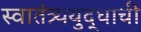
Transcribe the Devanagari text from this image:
स्वातंत्र्ययुद्धाची